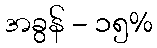
အခွန် - ၁၅%